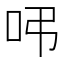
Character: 𠰀